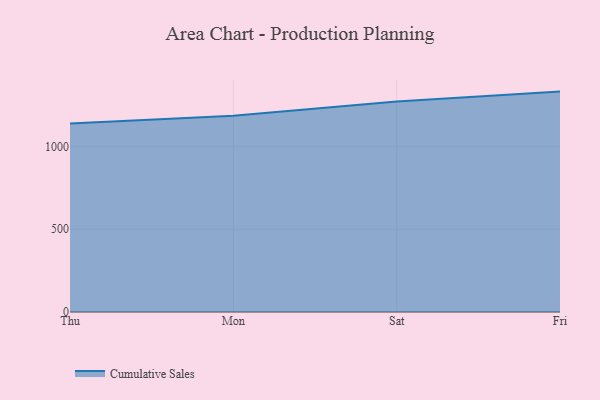
{"axis": {"x": "Day", "y": "Bounce Rate (%)"}, "legend": ["Cumulative Sales"], "data": [{"x": "Thu", "y": 1137.7, "type": "Cumulative Sales"}, {"x": "Mon", "y": 1185.8, "type": "Cumulative Sales"}, {"x": "Sat", "y": 1271.5, "type": "Cumulative Sales"}, {"x": "Fri", "y": 1331.0, "type": "Cumulative Sales"}]}